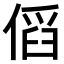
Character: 𠋯